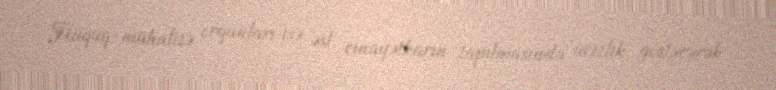
Hüquq-mühafizə orqanları isə əsl cinayətkarın tapılmasında acizlik göstərərək